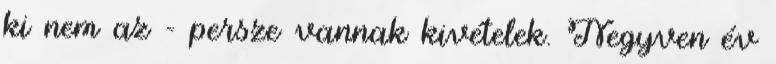
ki nem az - persze vannak kivételek. Negyven év